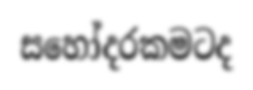
සහෝදරකමටද